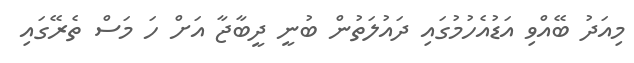
މިއަދު ބޭއްވި އަޑުއެހުމުގައި ދައުލަތުން ބުނީ ދީބާޖާ އަށް ހަ މަސް ތެރޭގައި